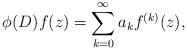
LaTeX: \begin{align*} \phi(D)f(z) = \sum_{k=0}^{\infty} a_k f^{(k)}(z),\end{align*}